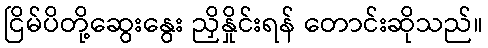
ငြိမ်ပိတို့ဆွေးနွေး ညှိနှိုင်းရန် တောင်းဆိုသည်။